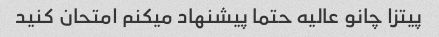
پیتزا چانو عالیه حتما پیشنهاد میکنم امتحان کنید